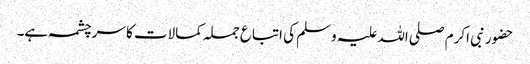
حضور نبی اکرم صلی اللہ علیہ وسلم کی اتباع جملہ کمالات کا سرچشمہ ہے۔